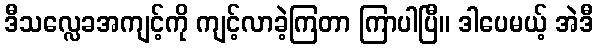
ဒီသလ္လေခအကျင့်ကို ကျင့်လာခဲ့ကြတာ ကြာပါပြီ။ ဒါပေမယ့် အဲဒီ